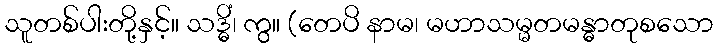
သူတစ်ပါးတို့နှင့်။ သဒ္ဓိံ၊ ကွ။ (တေပိ နာမ၊ မဟာသမ္မတမန္ဓာတုစသော